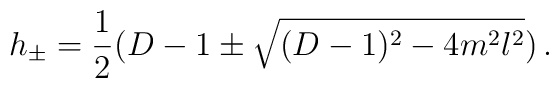
h_{\pm} = \frac 12(D-1 \pm \sqrt{(D-1)^2 - 4m^2l^2})\,.